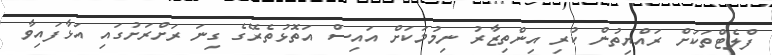
ފްލެޓްތަކަށް ރައްޔިތުން ކުރި އިންތިޒާރު ނިމުމަކަށް އައިސް އަތޮޅުތެރޭގެ ގިނަ ރަށްރަށުގައި އަޅާފައިވާ